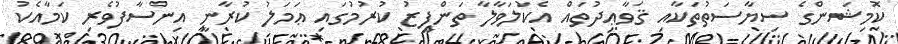
ކޮމިޝަންގެ ސިޔާސަތުތަކާއި ޤަވާޢިދުތައް އެކުލަވާލާ ތަންފީޒު ކުރުމުގައި ޢަމަލު ކުރާނީ އިންސާފުވެރި ކަމާއެކު